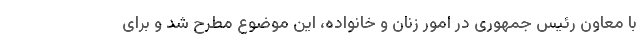
با معاون رئیس جمهوری در امور زنان و خانواده، این موضوع مطرح شد و برای